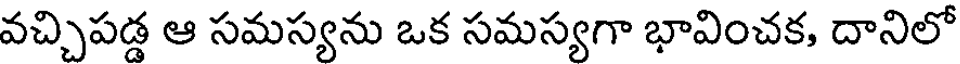
వచ్చిపడ్డ ఆ సమస్యను ఒక సమస్యగా భావించక, దానిలో